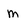
Character: m